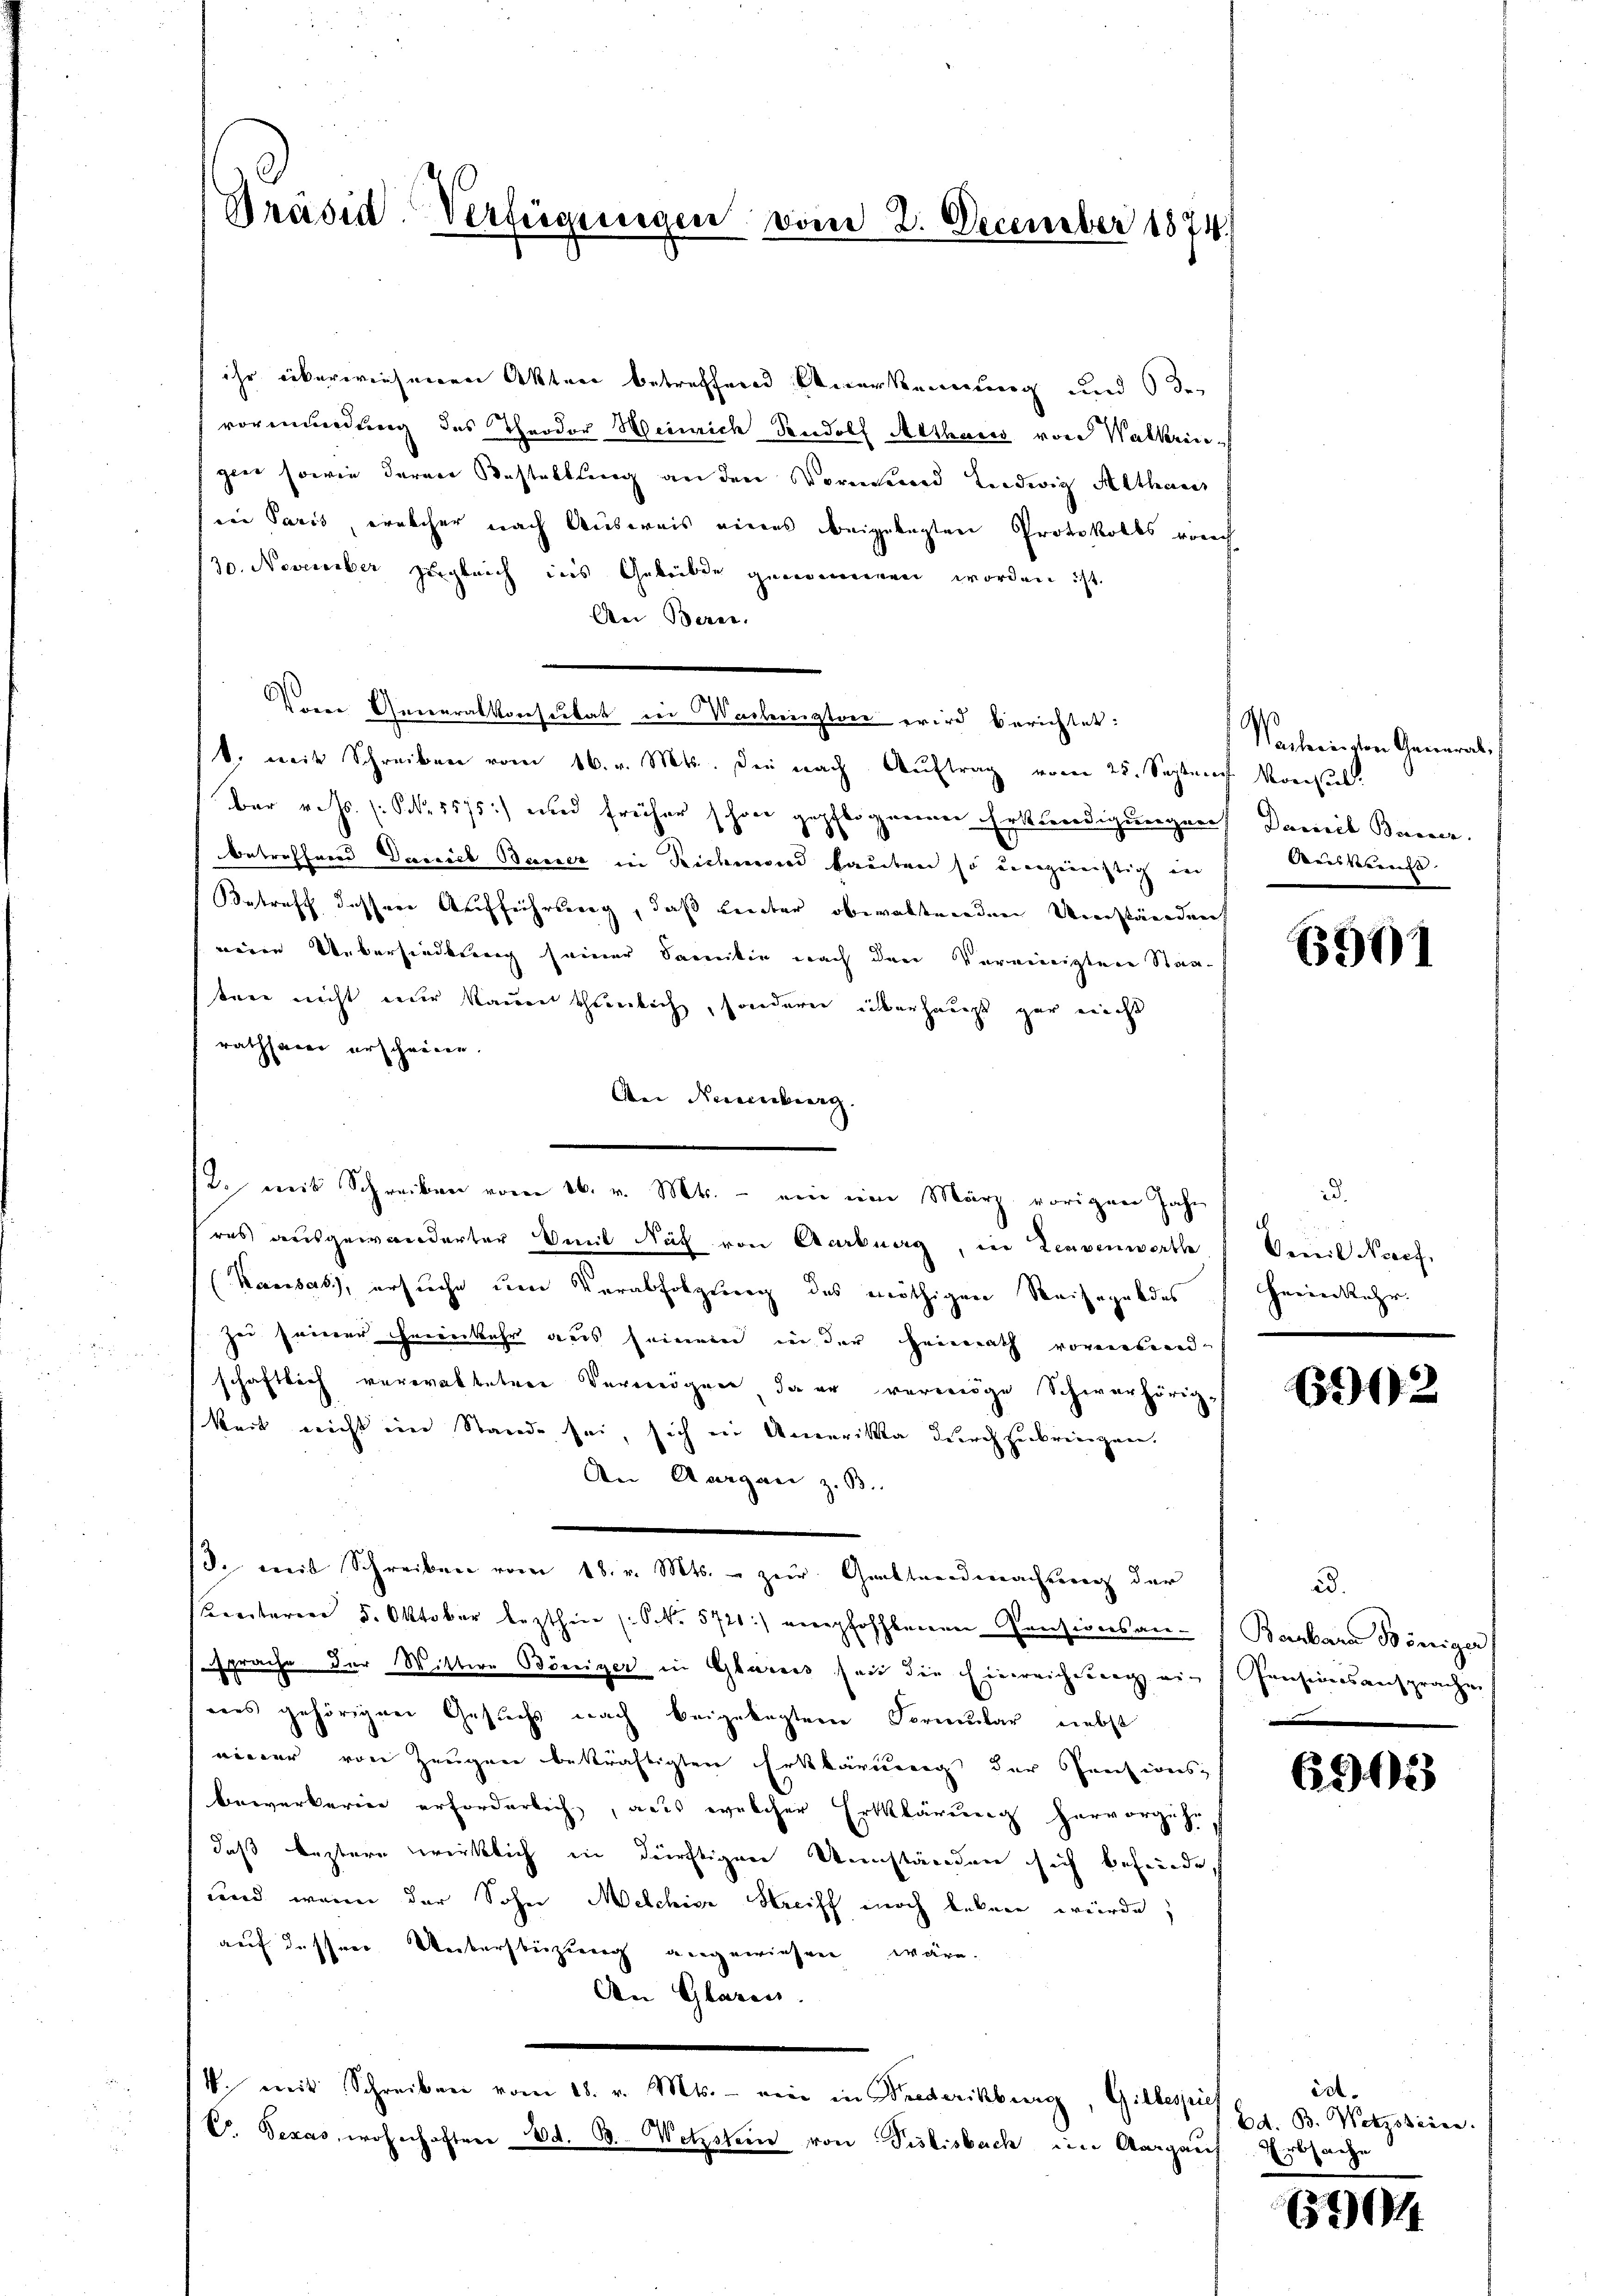
Präsid. Verfügungen vom 2. December 1874.

ihr überwiesenen Akten betreffend Unterkennung und 63
vormundung des Theodor Weinrich Rudolf Althaus von Walkringin sowie deren Bestellung an den Vormund Leidwig Althaus
in Paris, welcher nach Ausweis eines beigelegten Protokolls vorch
30. November zugleich ins Gebilde genommen worden ist.
An Berne.
Vorer Generalkonsulat in Washingtone wird berichtet:
t. mit Schreiben vom 16. v. Mts. die nach Auftrag vom 25. Septen Konsul
bar v. Js. (: S. 1575) und früher schon gepflogenen Erkundigungen Damit Bauer.
betreffnen Davrieb Baier in Richmand lauten so unzüchtig in
Betreff dessen Aufführung, daß Leiter obwaltenden Umständent
neien Uebersiedlung seiner Samilie nach den Vereinigten Staatere nicht nur kann theinlich, sondern überhaupt gar nicht
rathsamer erscheine.
An Dineinberg.
res ausgewanderter mit Nach von Aarburg, in Leuvenwerth " Oenil Nropf,
(Kansass, ersuche um Verabfolgung des nöthigen Reisegeldes Heimkehr.
zei seiner heimkehr aus seinem in der Heimath vormund
schaftlich verwalteten Vermögen, da er vermöge Schwerhörig-
keit nicht eine Stande sei, sich in Amerika durch zerbringen.
An Aargau z. B.
J. mit Schreiben vom 18. v. Mts. zur Gattendmachung der
Kenitoren 5. Oktober lezthin (: S. 5721:) empfohlenen Pensionsan- Barbara Böniger
sprache der Wittwe Böniger in Glarers seit die Einreichung ein Pensinsansprachen
eies gehörigen Gesuchs nach beigelegten Formular, nebst
einer von Zeugen bekräftigten Erklärung der Pensionsbewerkerin erforderlich, aus welcher Erklärung hervorgehe,
daß leztere wirklich in dürftigen Umständen sich befreunde.
wird wenn der Sohn Melchige Streiff noch bekann würde,
auf dasserer Ueberstüzung angewiesen wäre.
An Glaren.
14. mit Schreiben vom 18. v. Mts. ein in Prederikburg, Gillespie
V. Texas wohnhaften d. B. Wetzstein von Pislisbach im Aargaus Erbsache

2. mit Schreiben vom 26. v. Mts. - ein eine März vorigen Jahr

9

Nachsen von General
Auskunst.

6901

.

602

2.

6305

id.
Ed. B. Netzosiren.

604